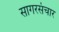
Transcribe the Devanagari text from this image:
सागरसंचार